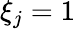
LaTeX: \xi_{j}=1